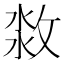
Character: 𣷜